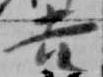
吉